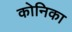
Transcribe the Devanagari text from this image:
कोनिका